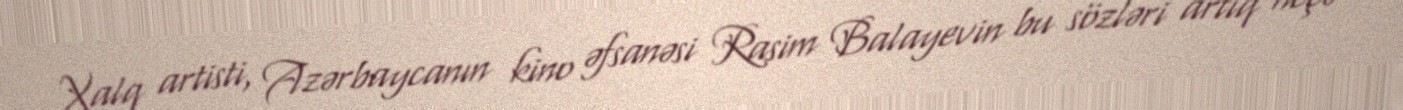
Xalq artisti, Azərbaycanın kino əfsanəsi Rasim Balayevin bu sözləri artıq neçə